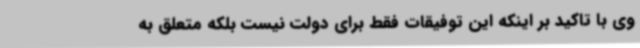
وی با تاکید بر اینکه این توفیقات فقط برای دولت نیست بلکه متعلق به